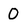
Character: 0